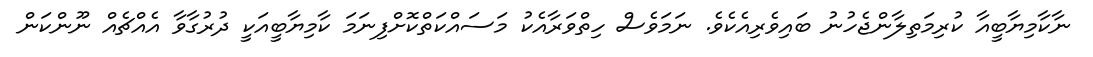
ނާކާމިޔާބީއާ ކުރިމަތިލާންޖެހުނު ބައިވެރިއެކެވެ. ނަމަވެސް ހިތްވަރާއެކު މަސައްކަތްކޮށްފިނަމަ ކާމިޔާބީއަކީ ދުރުގާވާ އެއްޗެއް ނޫންކަން